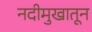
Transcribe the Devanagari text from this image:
नदीमुखातून